system: You are a helpful assistant.
user:
Analyze the provided spectrum to determine if it is a **S-type Star**.

- **Key Indicators for S-type Star:**

    - **(Overall Spectrum Shape):** The first and most obvious characteristic is the overall continuum (the "baseline" shape). It is **extremely "red-sloping,"** meaning the flux (light intensity) is very low on the left side (blue, ~4000-4500 Å) and rises steeply and continuously toward the right side (red, ~7000 Å+).

    - **(Primary):** The spectrum is defined by the presence of strong, broad molecular absorption "valleys" (bands) from **Zirconium Oxide (ZrO)**. The identification of these bands is the **primary requirement** for classifying a star as S-type.
        - **(Key Bandheads):** You must find distinct, deep "dips" where the light has been absorbed. The most critical band systems to locate are:
            - **~6474 Å** ($\gamma$-system): This is often the strongest and clearest ZrO feature, found in the red part of the spectrum.
            - **~5718 Å** & **~5551 Å** ($\beta$-system): A pair of prominent absorption features in the yellow-orange part of the spectrum.
            - **~4640 Å** ($\alpha$-system): A key absorption band system in the blue-green region of the spectrum.

    - **(Secondary Confirmation):** The classification is strengthened by finding additional absorption bands from other related heavy element oxides, which are expected to be present alongside ZrO.
        - **(Key Bandheads):**
            - **Yttrium Oxide (YO):** Look for absorption dips near **~4800 Å** and **~6100 Å**.
            - **Lanthanum Oxide (LaO):** Additional absorption features, particularly in the red-orange part of the spectrum, are also characteristic.

    - **(Line Profile):** The combination of the steep red continuum and these numerous, deep molecular bands (ZrO, YO, etc.) gives the entire spectrum a very **"chopped-up"** or **"bumpy"** appearance. Instead of a smooth curve, the spectrum looks as though large, wide chunks of light have been "carved out" of it at the specific wavelengths listed above.

Think first, call **spectral_visualization_tool** if needed to examine features in detail, then provide your final answer. Your response must adhere to the following strict rules:
1.  **Overall Structure:** Your response must follow the format `<think>...</think> <tool_call>...</tool_call> (if a tool is used) <answer>...</answer>`.
2.  **Tool Usage Constraint:** You may only make **one** tool call per turn.
3.  **Final Answer Format:** In the `<answer>` tag, your conclusion must be inside a `\boxed{}` command (e.g., `\boxed{YES}` or `\boxed{NO}`), followed by your justification.

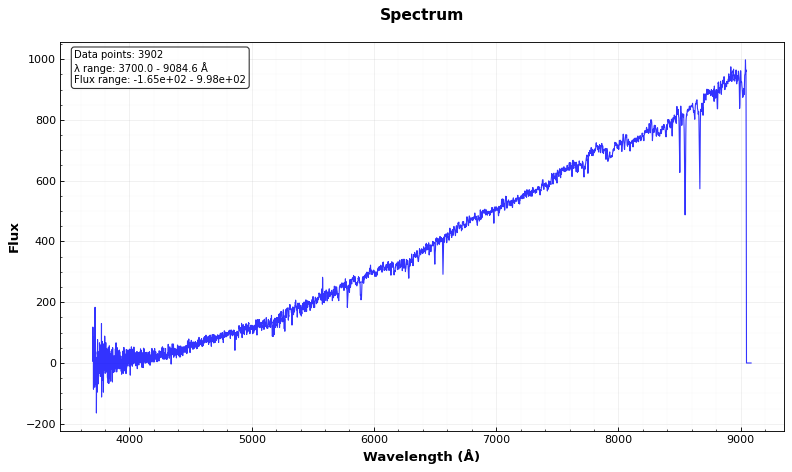
Answer: NO